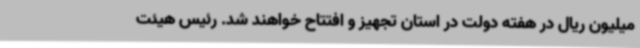
میلیون ریال در هفته دولت در استان تجهیز و افتتاح خواهند شد. رئیس هیئت